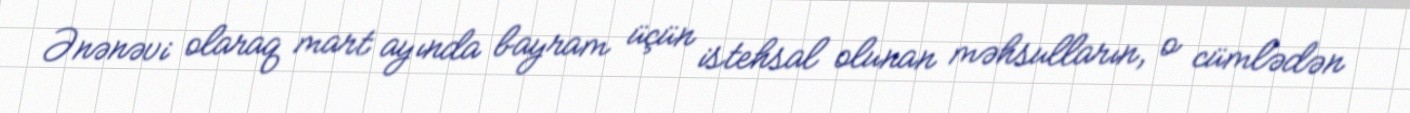
Ənənəvi olaraq mart ayında bayram üçün istehsal olunan məhsulların, o cümlədən